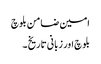
امین ضامن بلوچ
بلوچ اور زبانی تاریخ ۔